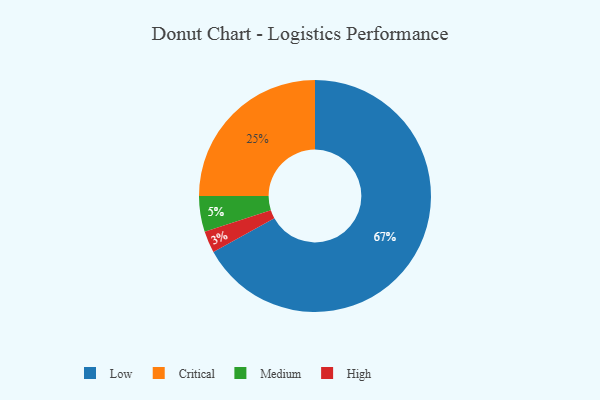
{"axis": {"x": "Category", "y": "Percentage"}, "legend": ["Critical", "High", "Low", "Medium"], "data": [{"x": "Critical", "y": 25, "type": "Critical"}, {"x": "Low", "y": 67, "type": "Low"}, {"x": "Medium", "y": 5, "type": "Medium"}, {"x": "High", "y": 3, "type": "High"}]}